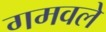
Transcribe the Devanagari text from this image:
गमवले